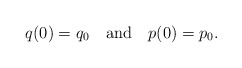
\begin{align*}q(0) = q_0 \quad {\rm and}\quad p(0) = p_0.\end{align*}